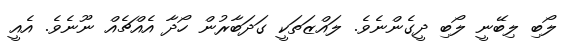
ލޯބި ލިބޭނީ ލޯބި ދީގެންނެވެ. ލައްޒަތަކީ ގަދަބާރުން ހޯދާ އެއްޗެއް ނޫނެވެ. އެއީ